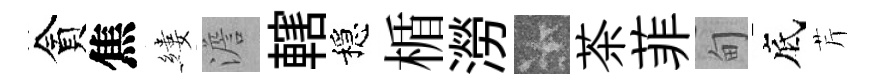
貪焦縷澹轄穩楯澇卡茶菲甸底芹